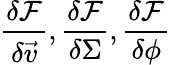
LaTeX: \frac{\delta\mathcal{F}}{\delta\vec{v}},\frac{\delta\mathcal{F}}{\delta\Sigma},\frac{\delta\mathcal{F}}{\delta\phi}